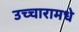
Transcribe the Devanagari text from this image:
उच्चारामधे